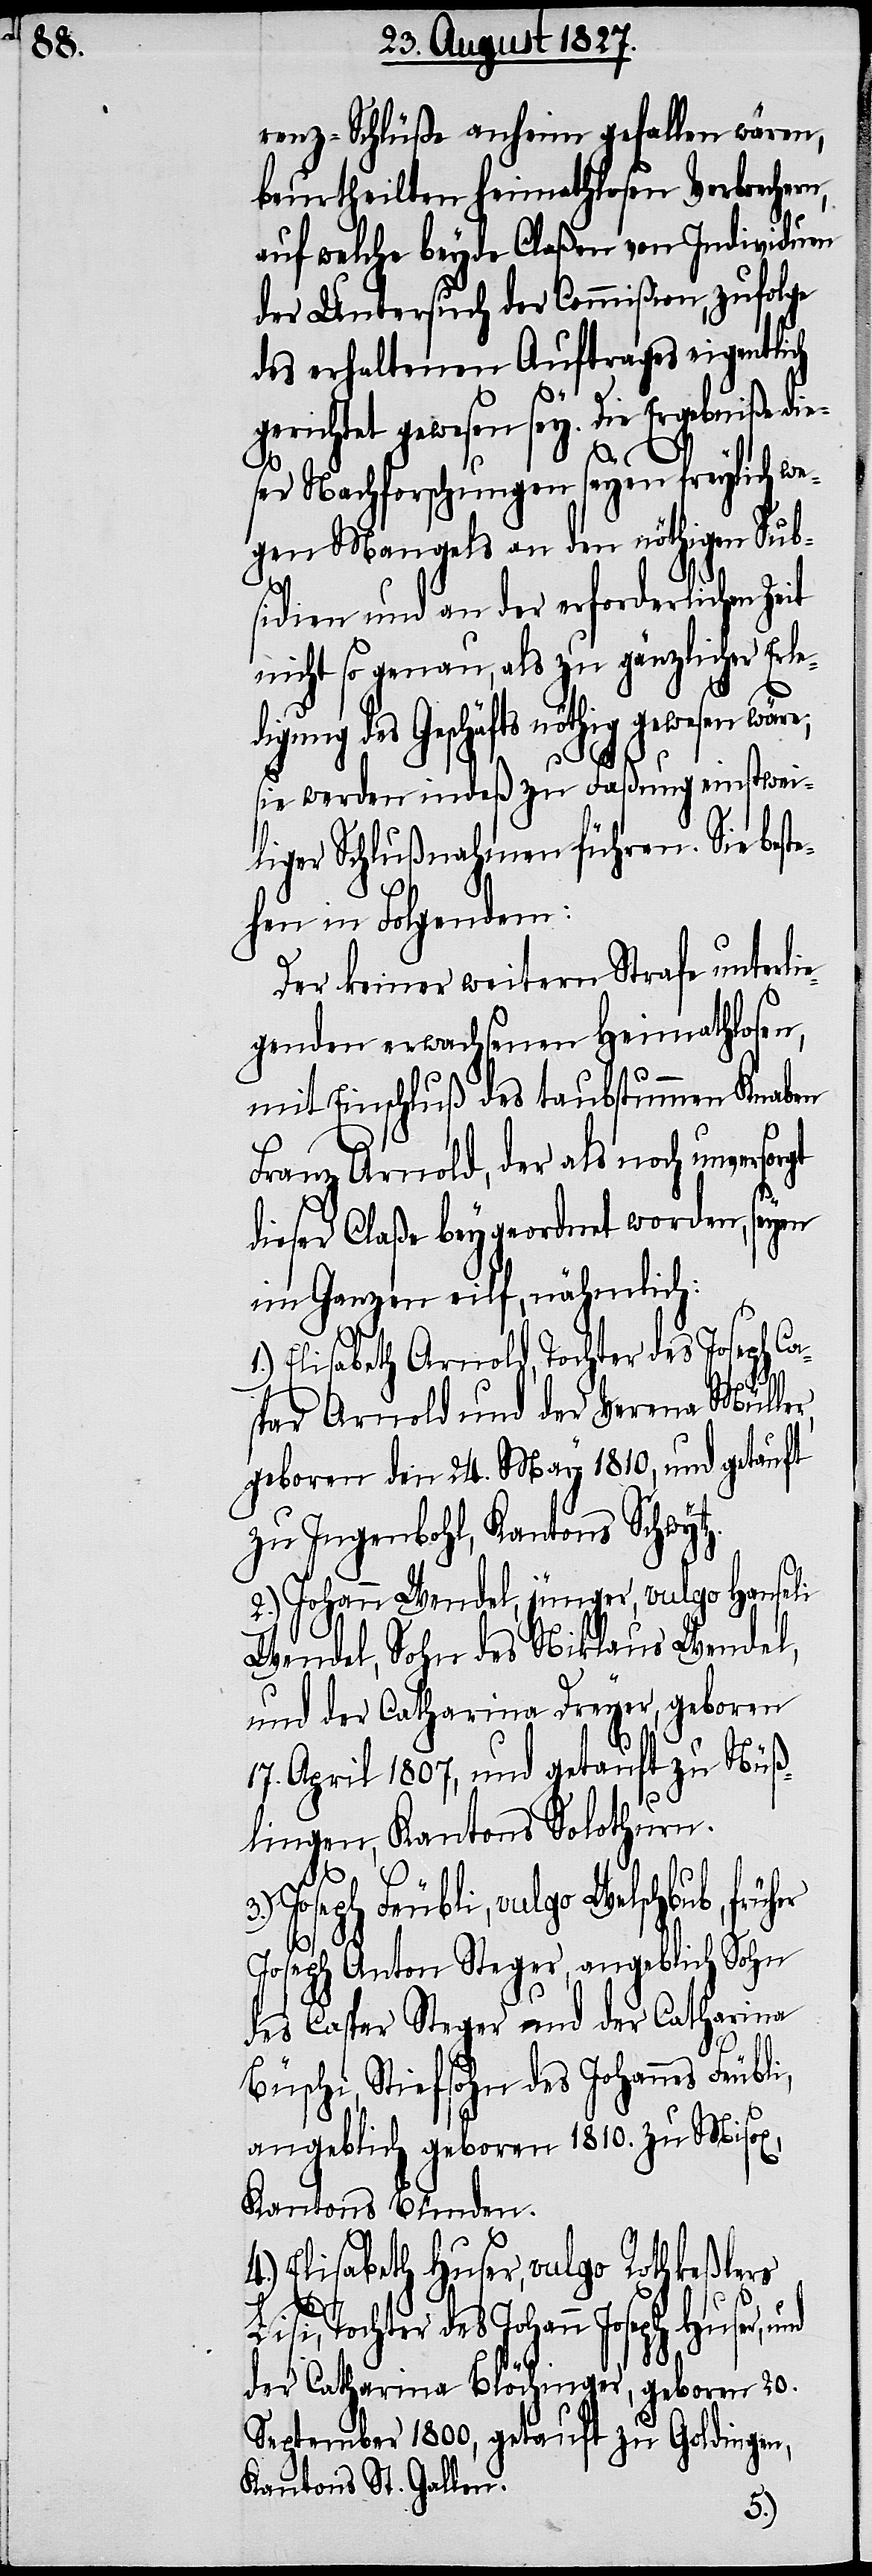
renz-Schlüße anheim gefallen wären,
beurtheilten heimathlosen Verbrechern,
auf welche beyde Claßen von Individuen
der Untersuch der Commißion, zufolge
des erhaltenen Auftrages eigentlich
gerichtet gewesen sey. Die Ergebniße die¬
ser Nachforschungen seyen freylich we¬
gen Mangels an den nöthigen Subs¬
her
idien und an der erforderlichen Ze¬
nicht so genau, als zu gänzlicher Erl¬
igung des Geschäfts nöthig gewesen
sie werden indeß zu Faßung einstwei¬
liger Schlußnahmen führen. Sie best¬
ehen in Folgendem:
Der keiner weitern Strafe unterli¬
egenden erwachsenen Heimathlosen,
mit Einschluß des taubstummen Knaben
Franz Arnold, der als noch unvers¬
dieser Claße beygeordnet worden, seyen
im Ganzen eilf, nähmlich:
1.) Elisabeth Arnold, Tochter des Joseph Ca¬
spar Arnold und der Verena Müller,
geboren den 24. May 1810, und getauft
zu Ingenbohl, Kantons Schwytz.
2.) Johann Wendel, jünger, vulgo Hanseli
Wendel, Sohn des Niklaus Wendel,
und der Catharina Dreyer, geboren
17. April 1807, und getauft zu Nüß¬
lingen, Kantons Solothurn.
3.)
Joseph Feubli, vulgo Welschbub, frü¬
Joseph Anton Steger, angeblich Sohn
des Caspar Steger und der Catharina
Büschi, Stiefsohn des Johannes Feubli,
angeblich geboren 1810. zu Misox,
Kantons Bünden.
Elisabetha Huser, vulgo Rothkeßlers
Lisi, Tochter des Johann Joseph Huser, und
der Catharina Blöchlinger, geboren 20.
September 1800, getauft zu Goldingen,
Kantons St. Gallen.